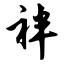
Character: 袢